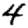
Digit: 4